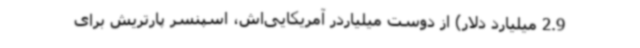
2.9 میلیارد دلار) از دوست میلیاردر آمریکایی‌اش، اسپنسر پارتریش برای